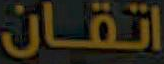
اتقان